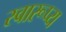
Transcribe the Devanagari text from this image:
स्वारूप्य